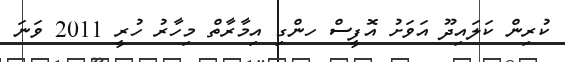
ކުރިން ކަލައިދޫ އަވަށު އޮފީސް ހންގި އިމާރާތް މިހާރު ހުރީ 2011 ވަނަ